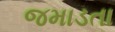
જમાડતા